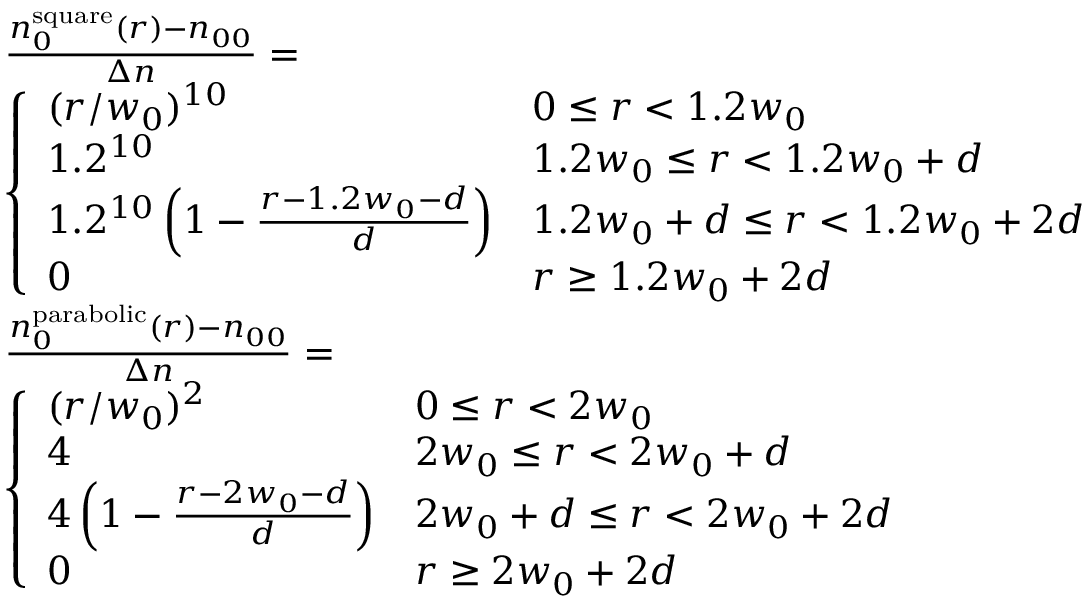
\begin{array} { r l } & { \frac { n _ { 0 } ^ { \mathrm { s q u a r e } } ( r ) - n _ { 0 0 } } { \Delta n } = } \\ & { \left\{ \begin{array} { l l } { ( r / w _ { 0 } ) ^ { 1 0 } } & { 0 \leq r < 1 . 2 w _ { 0 } } \\ { 1 . 2 ^ { 1 0 } } & { 1 . 2 w _ { 0 } \leq r < 1 . 2 w _ { 0 } + d } \\ { 1 . 2 ^ { 1 0 } \left( 1 - \frac { r - 1 . 2 w _ { 0 } - d } { d } \right) } & { 1 . 2 w _ { 0 } + d \leq r < 1 . 2 w _ { 0 } + 2 d } \\ { 0 } & { r \geq 1 . 2 w _ { 0 } + 2 d } \end{array} \right. } \\ & { \frac { n _ { 0 } ^ { \mathrm { p a r a b o l i c } } ( r ) - n _ { 0 0 } } { \Delta n } = } \\ & { \left\{ \begin{array} { l l } { ( r / w _ { 0 } ) ^ { 2 } } & { 0 \leq r < 2 w _ { 0 } } \\ { 4 } & { 2 w _ { 0 } \leq r < 2 w _ { 0 } + d } \\ { 4 \left( 1 - \frac { r - 2 w _ { 0 } - d } { d } \right) } & { 2 w _ { 0 } + d \leq r < 2 w _ { 0 } + 2 d } \\ { 0 } & { r \geq 2 w _ { 0 } + 2 d } \end{array} \right. } \end{array}